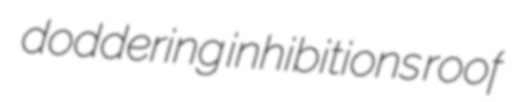
doddering inhibitions roof